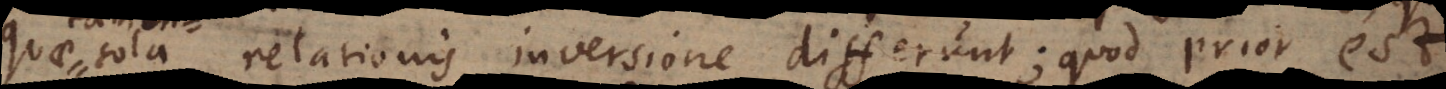
quae sola relationis inversione differunt; quod prior est